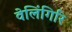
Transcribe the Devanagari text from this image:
वेलिंगिरि